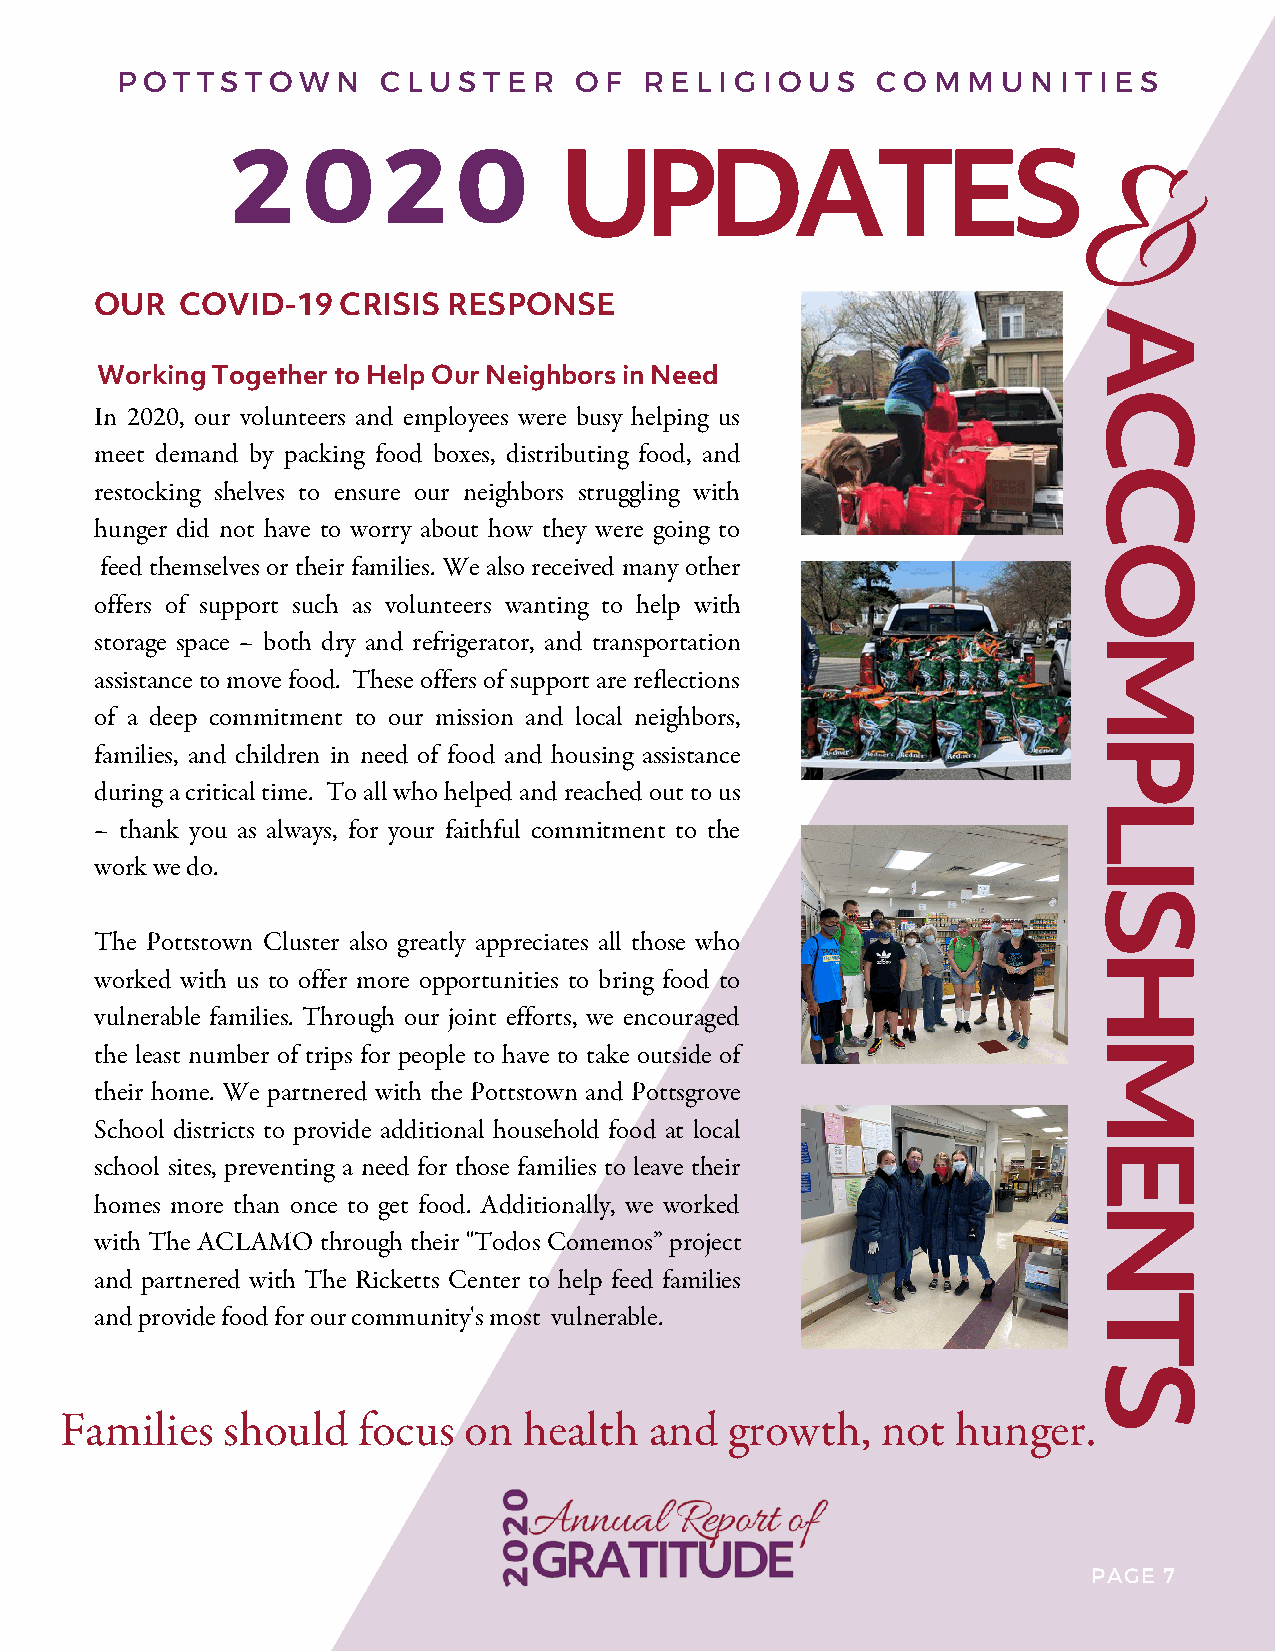
P O T T S T O W N C L U S T E R O F R E L I G I O U S C O M M U N I T I E S
 2    0    2    0
 UPDATES
 &
 OUR   COVID-19  CRISIS  RESPONSE
 A
 Working Together to Help Our Neighbors in Need
 C
 In 2020, our volunteers and employees were busy helping us
 meet demand by packing food boxes, distributing food, and
 C
 restocking shelves to ensure our neighbors struggling with
 hunger did not have to worry about how they were going to
 O
 feed themselves or their families. We also received many other
 offers of support such as volunteers wanting to help with
 storage space – both dry and refrigerator, and transportation    M
 assistance to move food. These offers of support are reflections
 of a deep commitment to our mission and local neighbors,
 P
 families, and children in need of food and housing assistance
 during a critical time. To all who helped and reached out to us
 L
 – thank you as always, for your faithful commitment to the
 work we do.                                                      I
 S
 The Pottstown Cluster also greatly appreciates all those who
 H
 worked with us to offer more opportunities to bring food to
 vulnerable families. Through our joint efforts, we encouraged
 M
 the least number of trips for people to have to take outside of
 their home. We partnered with the Pottstown and Pottsgrove
 School districts to provide additional household food at local
 E
 school sites, preventing a need for those families to leave their
 homes more than once to get food. Additionally, we worked
 N
 with The ACLAMO through their "Todos Comemos” project
 and partnered with The Ricketts Center to help feed families
 T
 and provide food for our community's most vulnerable.
 S
 Families   should   focus  on  health  and  growth,   not  hunger.
 PAGE 7